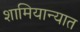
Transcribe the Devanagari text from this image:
शामियान्यात